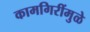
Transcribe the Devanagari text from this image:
कामगिरींमुळे